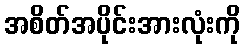
အစိတ်အပိုင်းအားလုံးကို